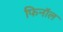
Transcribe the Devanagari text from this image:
फिनाॅल